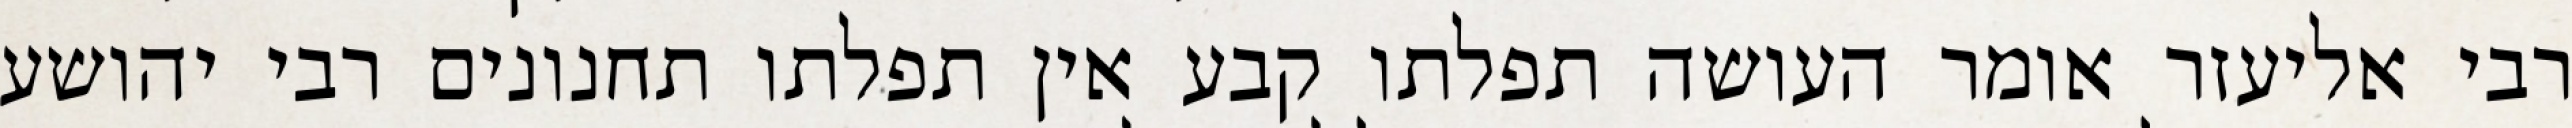
רבי אליעזר אומר העושה תפלתו קבע אין תפלתו תחנונים רבי יהושע